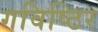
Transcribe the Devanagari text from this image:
गविष्ठिर